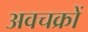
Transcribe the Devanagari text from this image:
अवचक्रों